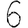
Digit: 6